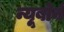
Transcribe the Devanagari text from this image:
न्यूबोर्न